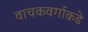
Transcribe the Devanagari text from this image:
वाचकवर्गाकडे